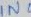
Text: IN